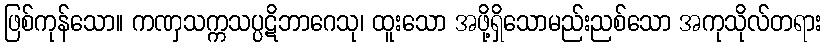
ဖြစ်ကုန်သော။ ကဏှသက္ကသပ္ပဋိဘာဂေသု၊ ထူးသော အဖို့ရှိသောမည်းညစ်သော အကုသိုလ်တရား